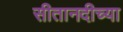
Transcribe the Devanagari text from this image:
सीतानदीच्या